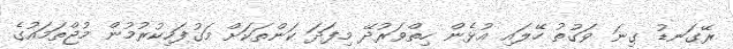
ރޭގަނޑު ގިނަ ވަގުތު ހޭލައި އުޅެން ހިތްވަރުދޭ މިފަދަ ކަންތަކަށް މަގުފަހިކުރުމުން މުޖްތަމައުގެ